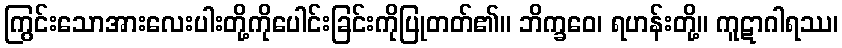
ကြွင်းသောအားလေးပါးတို့ကိုပေါင်းခြင်းကိုပြုတတ်၏။ ဘိက္ခဝေ၊ ရဟန်းတို့။ ကူဋာဂါရဿ၊